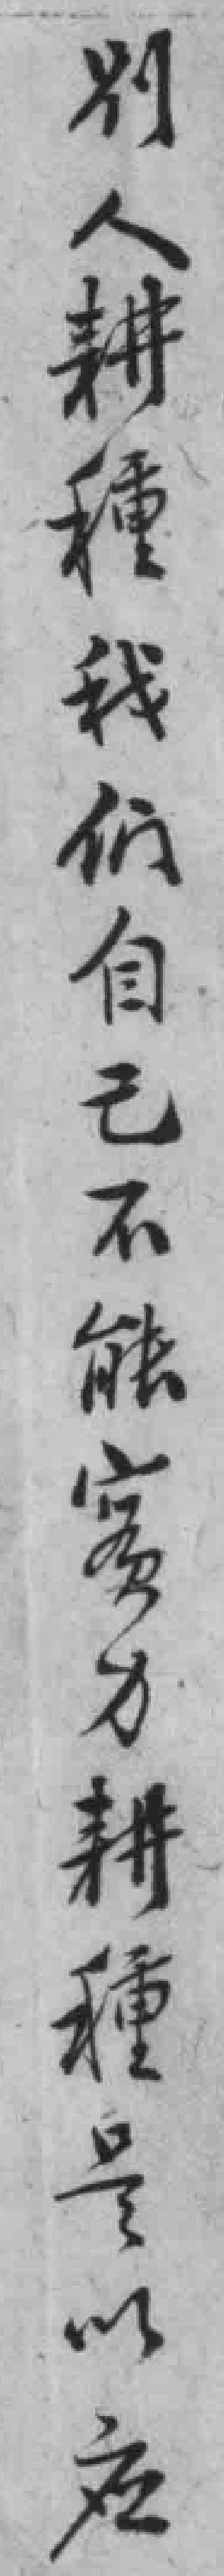
別人耕種我们自己不能富力耕種是以应